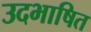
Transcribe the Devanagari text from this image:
उदभाषित